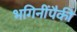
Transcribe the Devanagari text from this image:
भगिनींपैकी